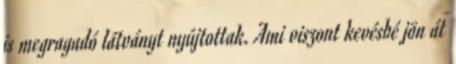
is megragadó látványt nyújtottak. Ami viszont kevésbé jön át